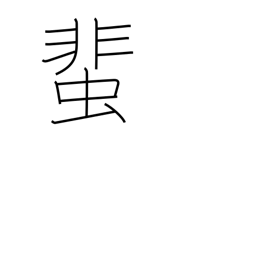
Meaning: cockroach